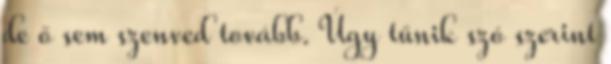
de ő sem szenved tovább. Úgy tűnik szó szerint